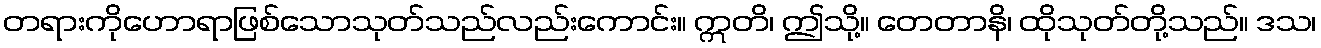
တရားကိုဟောရာဖြစ်သောသုတ်သည်လည်းကောင်း။ ဣတိ၊ ဤသို့။ တေတာနိ၊ ထိုသုတ်တို့သည်။ ဒသ၊